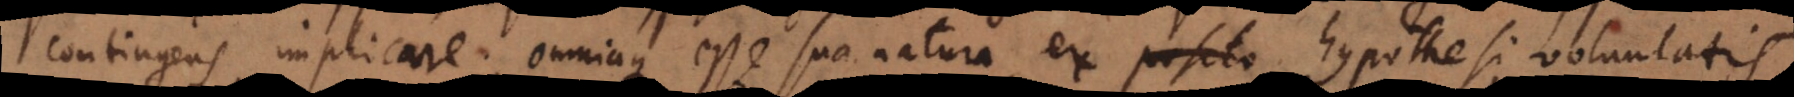
contingens implicare, omniaque esse sua natura, ex hypothesi voluntatis